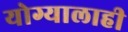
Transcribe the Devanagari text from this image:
योग्यालाही